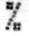
%